Indian journal of veterinary science and animal husbandry - Volumes 22-23, 1952-1953
Year: 1952
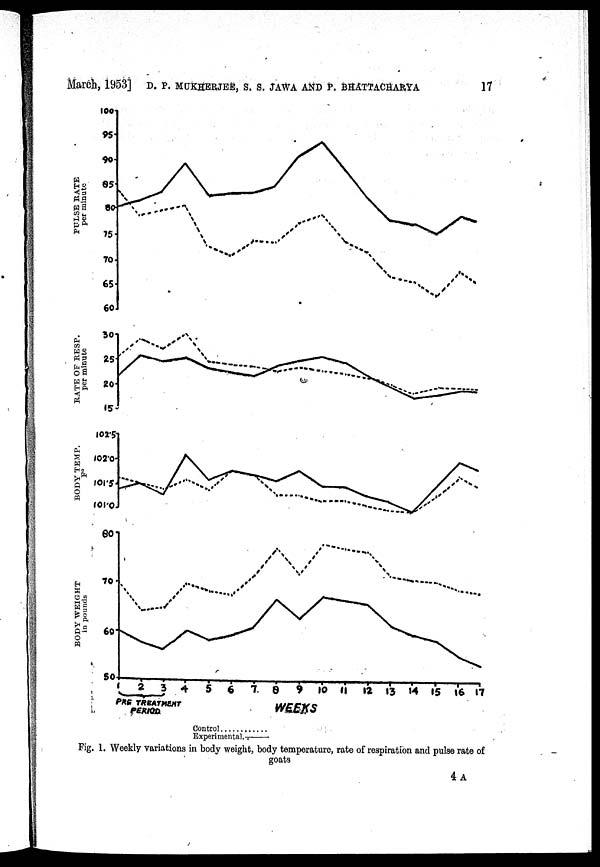
March, 1953] D. P. MUKHERJEE, S. S. JAWA AND P.
BHATTACHARYA
17
Fig. 1. Weekly variations in body weight, body temperature, rate of respiration and pulse rate of
goats
4 A